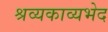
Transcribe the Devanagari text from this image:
श्रव्यकाव्यभेद